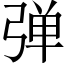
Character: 弹